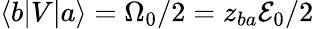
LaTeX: \langle b|V|a\rangle=\Omega_{0}/2=z_{ba}{\cal E}_{0}/2